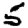
Digit: 5